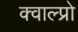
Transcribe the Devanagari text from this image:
क्वाल्प्रो